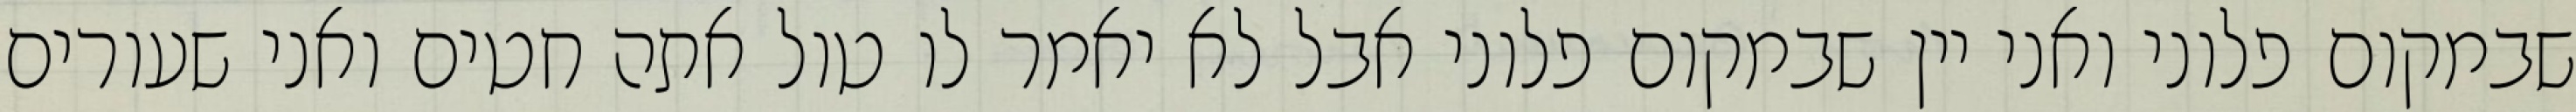
שבמקום פלוני ואני יין שבמקום פלוני אבל לא יאמר לו טול אתה חטים ואני שעורים